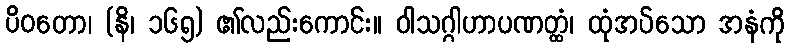
ပိဝတော၊ (နိ၊ ၁၆၅) ၏လည်းကောင်း။ ဝါသဂ္ဂါဟာပဏတ္ထံ၊ ထုံအပ်သော အနံကို